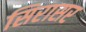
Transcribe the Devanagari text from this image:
सिरासर